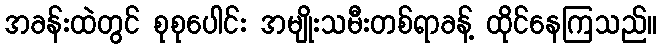
အခန်းထဲတွင် စုစုပေါင်း အမျိုးသမီးတစ်ရာခန့် ထိုင်နေကြသည်။